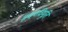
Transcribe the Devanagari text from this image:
हृदयविभूति